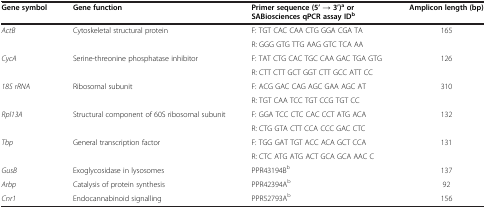
<table><thead><tr><td><b>Gene symbol</b></td><td><b>Gene function</b></td><td><b>Primer sequence (5’ → 3’)<sup>a </sup>or SABiosciences qPCR assay ID<sup>b</sup></b></td><td><b>Amplicon length (bp)</b></td></tr></thead><tbody><tr><td rowspan="2"><i>ActB</i></td><td rowspan="2">Cytoskeletal structural protein</td><td>F: TGT CAC CAA CTG GGA CGA TA</td><td rowspan="2">165</td></tr><tr><td>R: GGG GTG TTG AAG GTC TCA AA</td></tr><tr><td rowspan="2"><i>CycA</i></td><td rowspan="2">Serine-threonine phosphatase inhibitor</td><td>F: TAT CTG CAC TGC CAA GAC TGA GTG</td><td rowspan="2">126</td></tr><tr><td>R: CTT CTT GCT GGT CTT GCC ATT CC</td></tr><tr><td rowspan="2"><i>18S rRNA</i></td><td rowspan="2">Ribosomal subunit</td><td>F: ACG GAC CAG AGC GAA AGC AT</td><td rowspan="2">310</td></tr><tr><td>R: TGT CAA TCC TGT CCG TGT CC</td></tr><tr><td rowspan="2"><i>Rpl13A</i></td><td rowspan="2">Structural component of 60S ribosomal subunit</td><td>F: GGA TCC CTC CAC CCT ATG ACA</td><td rowspan="2">132</td></tr><tr><td>R: CTG GTA CTT CCA CCC GAC CTC</td></tr><tr><td rowspan="2"><i>Tbp</i></td><td rowspan="2">General transcription factor</td><td>F: TGG GAT TGT ACC ACA GCT CCA</td><td rowspan="2">131</td></tr><tr><td>R: CTC ATG ATG ACT GCA GCA AAC C</td></tr><tr><td><i>GusB</i></td><td>Exoglycosidase in lysosomes</td><td>PPR43194B<sup>b</sup></td><td>137</td></tr><tr><td><i>Arbp</i></td><td>Catalysis of protein synthesis</td><td>PPR42394A<sup>b</sup></td><td>92</td></tr><tr><td><i>Cnr1</i></td><td>Endocannabinoid signalling</td><td>PPR52793A<sup>b</sup></td><td>156</td></tr></tbody></table>